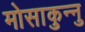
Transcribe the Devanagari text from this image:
मोसाकुन्नु